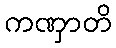
ကဏှာတိ